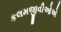
કલમજીવીઓએ